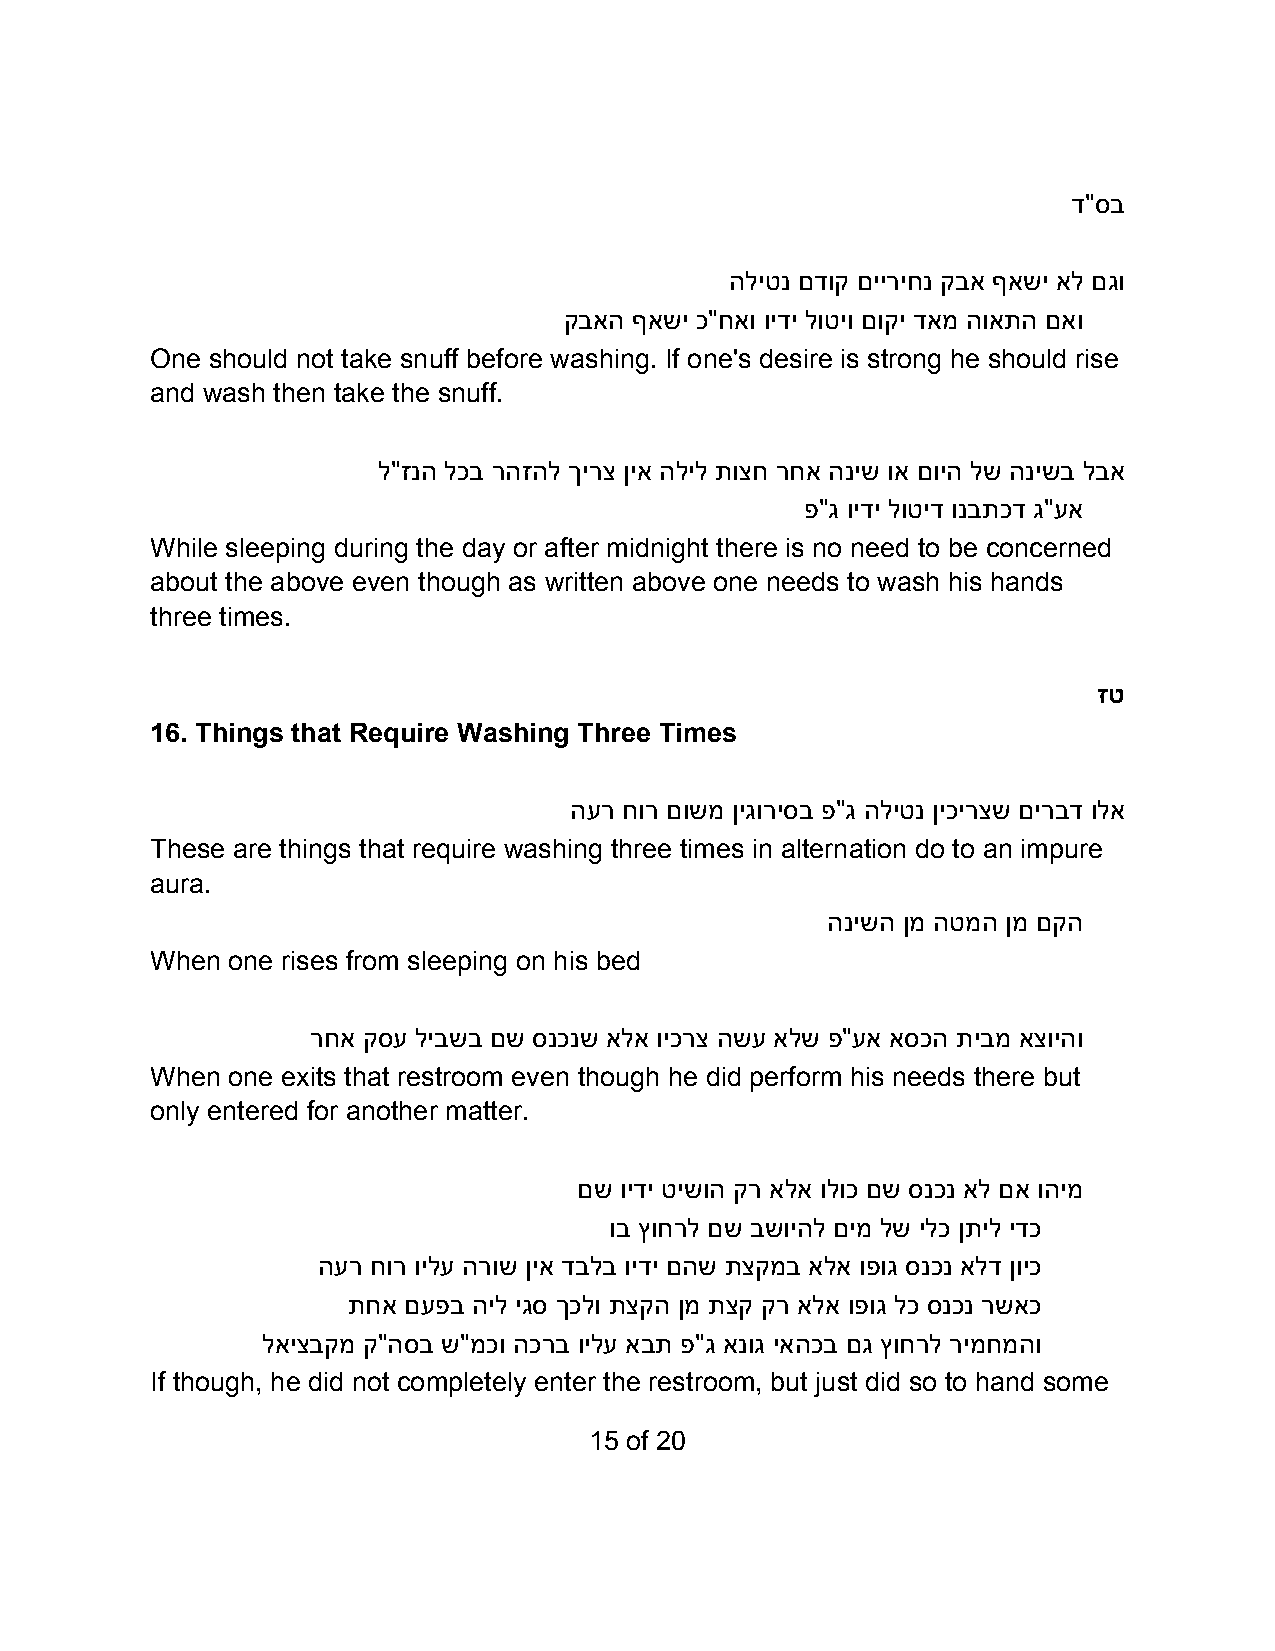
ד"סב
 הליטנ םדוק םייריחנ קבא ףאשי אל םגו
 קבאה ףאשי כ"חאו וידי לוטיו םוקי דאמ הואתה םאו
 One should not take snuff before washing. If one's desire is strong he should rise
 and wash then take the snuff.
 ל"זנה לכב רהזהל ךירצ ןיא הליל תוצח רחא הניש וא םויה לש הנישב לבא
 פ"ג וידי לוטיד ונבתכד ג"עא
 While sleeping during the day or after midnight there is no need to be concerned
 about the above even though as written above one needs to wash his hands
 three times.
 זט
 16. Things that Require Washing Three Times
 הער חור םושמ ןיגוריסב פ"ג הליטנ ןיכירצש םירבד ולא
 These are things that require washing three times in alternation do to an impure
 aura.
 הנישה ןמ הטמה ןמ םקה
 When one rises from sleeping on his bed
 רחא קסע ליבשב םש סנכנש אלא ויכרצ השע אלש פ"עא אסכה תיבמ אצויהו
 When one exits that restroom even though he did perform his needs there but
 only entered for another matter.
 םש וידי טישוה קר אלא ולוכ םש סנכנ אל םא והימ
 וב ץוחרל םש בשויהל םימ לש ילכ ןתיל ידכ
 הער חור וילע הרוש ןיא דבלב וידי םהש תצקמב אלא ופוג סנכנ אלד ןויכ
 תחא םעפב היל יגס ךכלו תצקה ןמ תצק קר אלא ופוג לכ סנכנ רשאכ
 לאיצבקמ ק"הסב ש"מכו הכרב וילע אבת פ"ג אנוג יאהכב םג ץוחרל רימחמהו
 If though, he did not completely enter the restroom, but just did so to hand some
 15 of 20